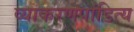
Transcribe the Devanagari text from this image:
व्याकरणपांडित्य